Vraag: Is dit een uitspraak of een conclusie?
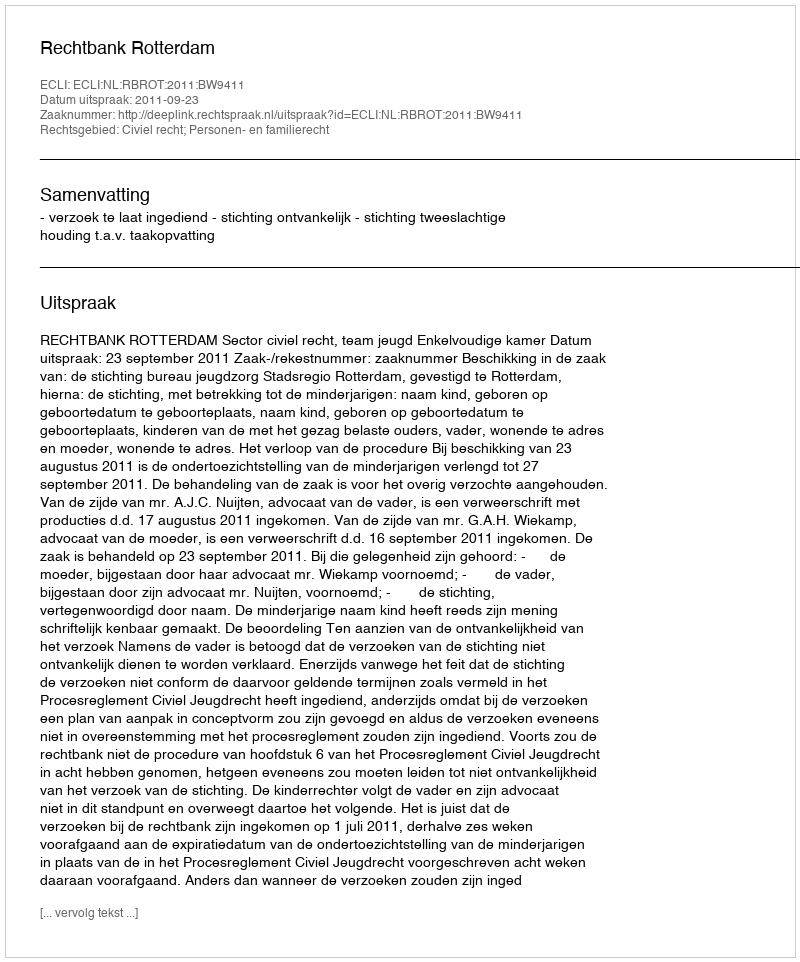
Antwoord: Uitspraak